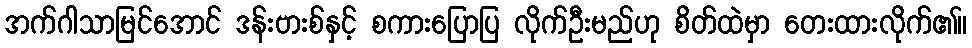
အက်ဂါသာမြင်အောင် ဒန်းဗားစ်နှင့် စကားပြောပြ လိုက်ဦးမည်ဟု စိတ်ထဲမှာ တေးထားလိုက်၏။